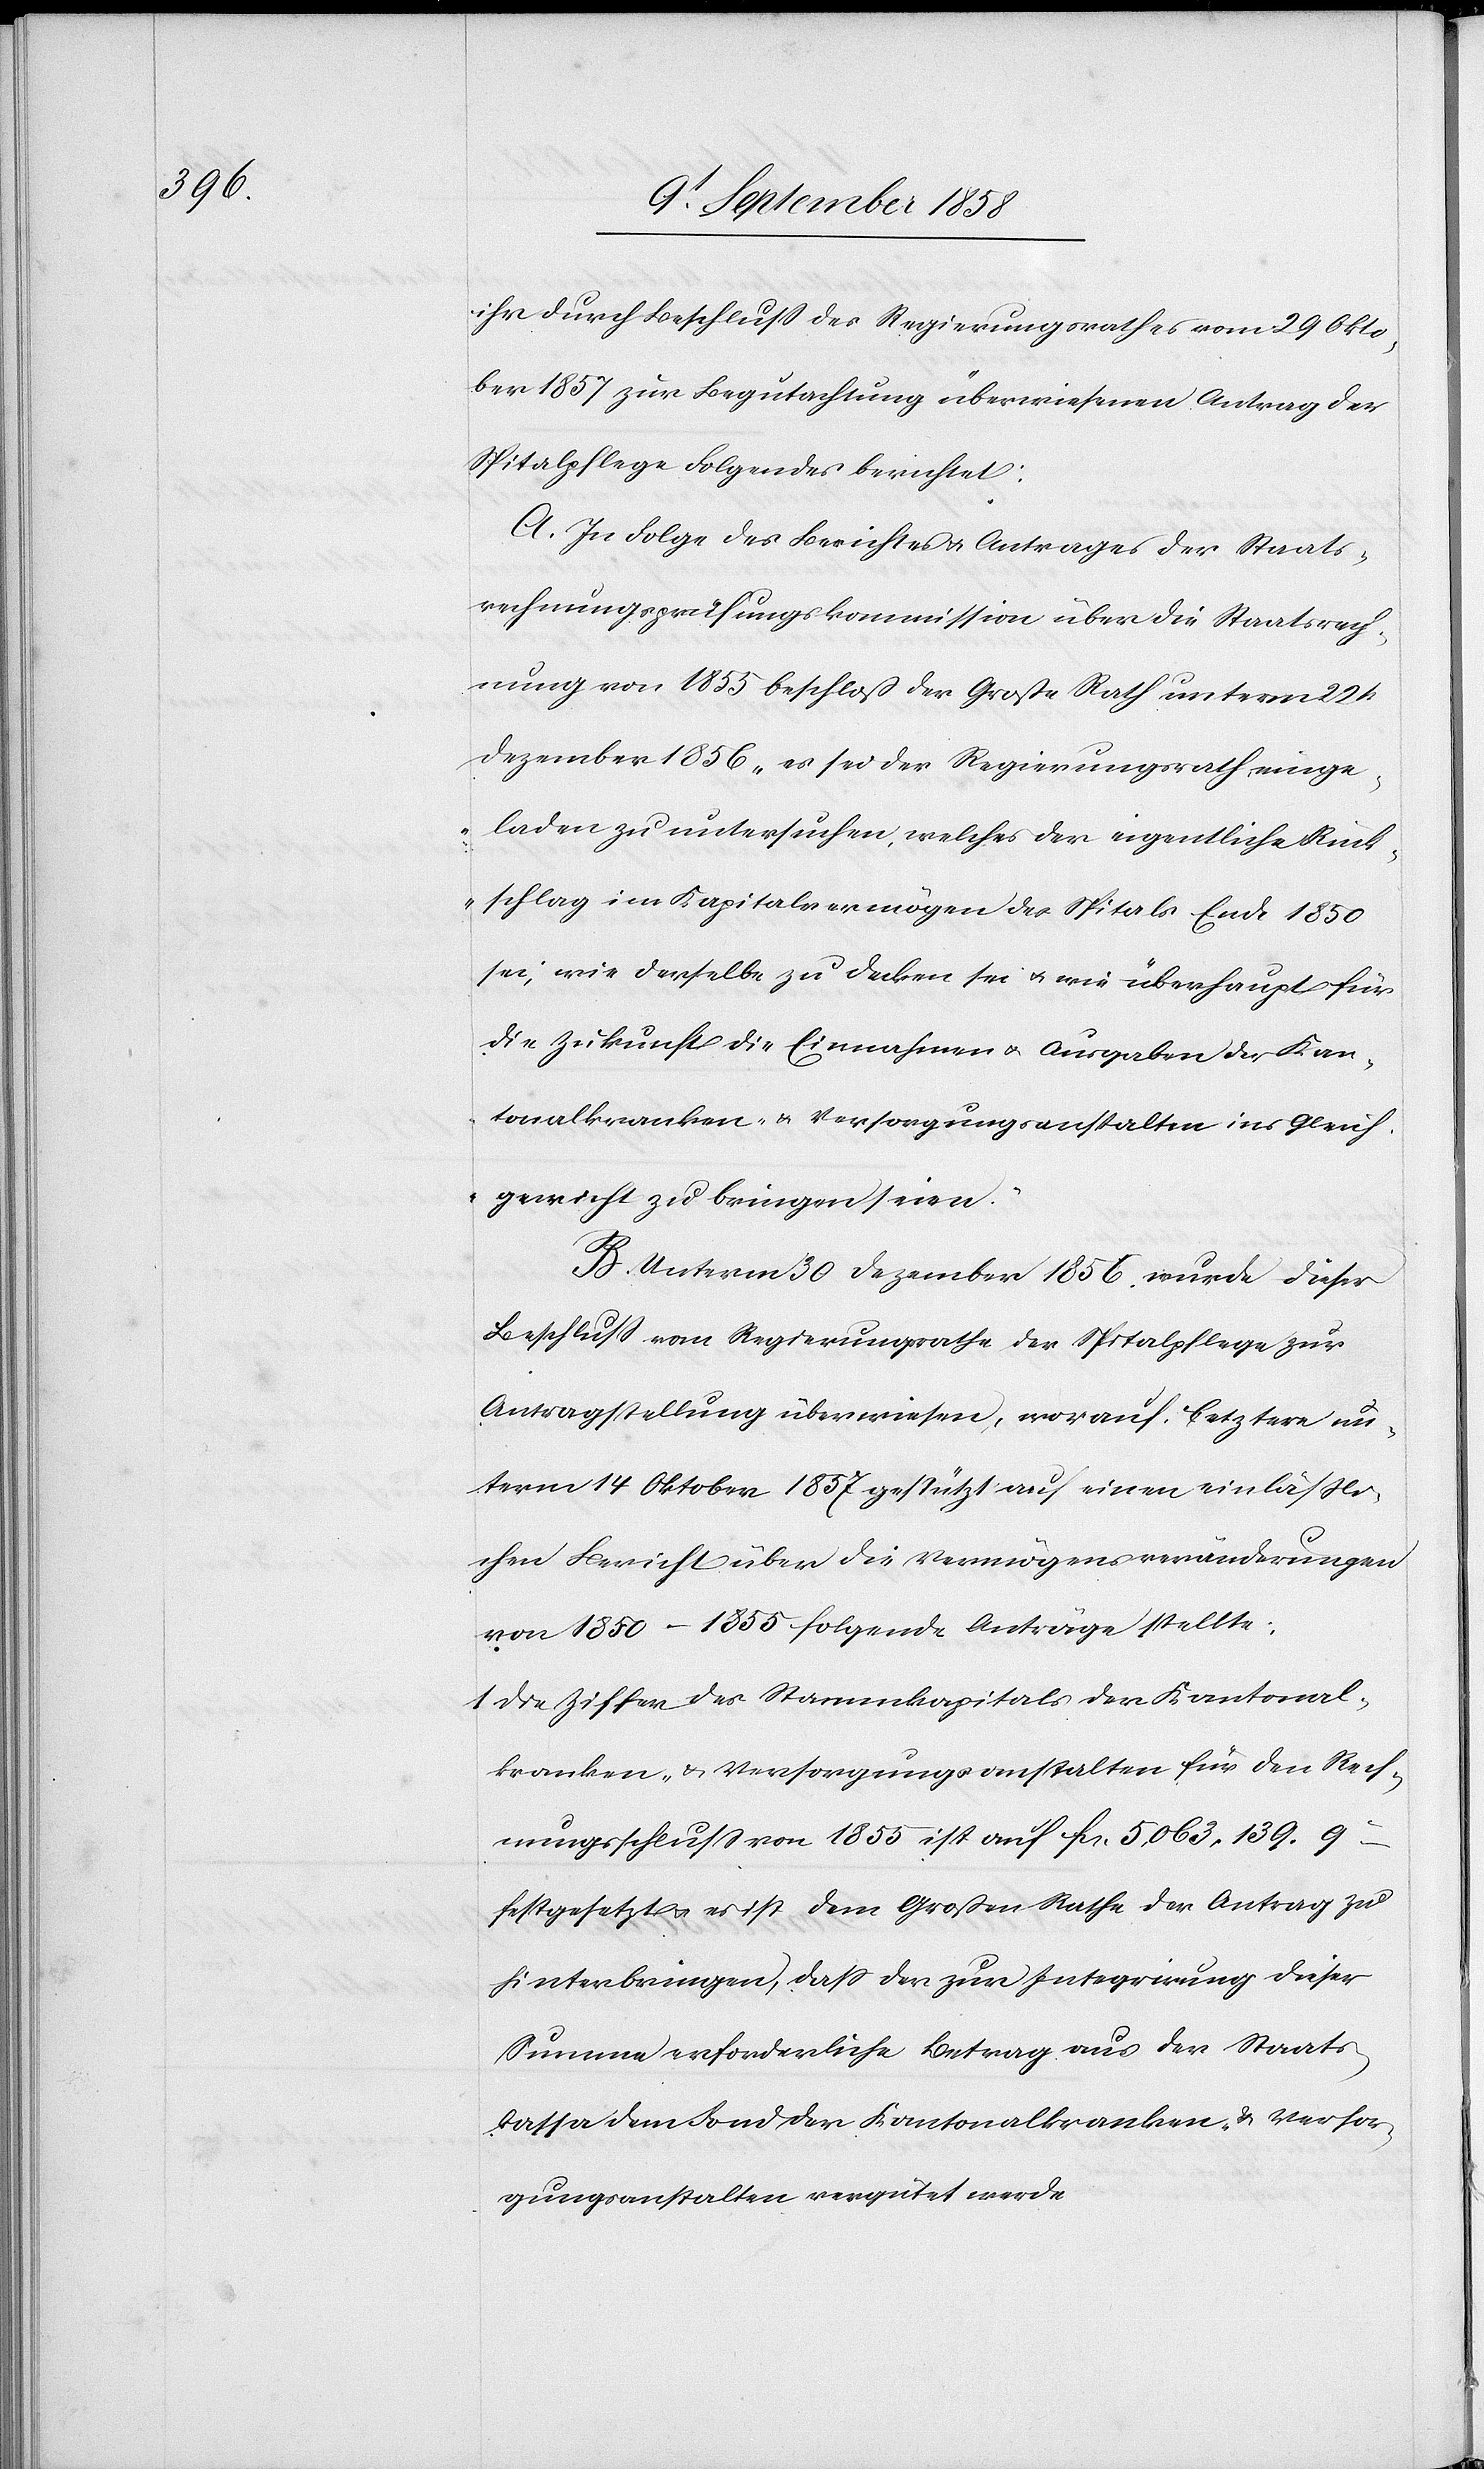
ihr durch Beschluss des Regierungsrathes vom 29 Okto¬
ber 1857 zur Begutachtung überwiesenen Antrag der
Spitalpflege Folgendes berichtet:
A. In Folge des Berichtes & Antrages der Staats¬
rechnungsprüfungskommission über die Staatsrech¬
nung von 1855 beschloß der Große Rath unterm 22st
Dezember 1856 „es sei der Regierungsrath einge¬
laden zu untersuchen, welches der eigentliche Rück¬
schlag im Kapitalvermögen des Spitals Ende 1850
sei, wie derselbe zu decken sei & wie überhaupt für
die Zukunft die Einnahmen & Ausgaben der Kan¬
tonalkranken- & Versorgungsanstalten ins Gleich¬
gewicht zu bringen seien.“
B. Unterm 30 Dezember 1856 wurde dieser
Beschluss vom Regierungsrathe der Spitalpflege zur
Antragstellung überwiesen, worauf letztere un¬
term 14 Oktober 1857 gestützt auf einen einlässli¬
chen Bericht über die Vermögensveränderungen
von 1850–1855 folgende Anträge stellte:
1. Die Ziffer des Stammkapitals der Kantonal¬
kranken- & Versorgungsanstalten für den Rech¬
nungsschluss von 1855 ist auf fcs. 5,063,139. 9c.
festgesetzt & es ist dem Großen Rathe der Antrag zu
hinterbringen, dass der zur Integrirung dieser
Summe erforderliche Betrag aus der Staats¬
kassa dem Fond der Kantonalkranken- & Versor¬
gungsanstalten vergütet werde.